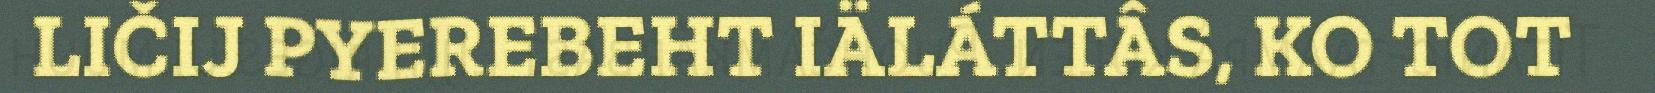
LIČIJ PYEREBEHT IÄLÁTTÂS, KO TOT